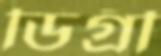
ডিগ্রী